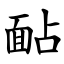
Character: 䩇